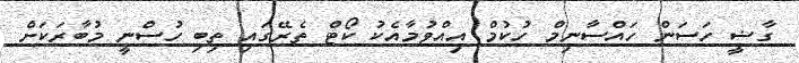
ގާޟީ ހަސަން ހައްސާނިމް ހުކުމް އިއްވުމާއެކު ކޯޓް ތެރޭގައި ތިބި ހުސްނީ މުބާރަކަށް